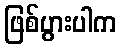
ဖြစ်ပွားပါက